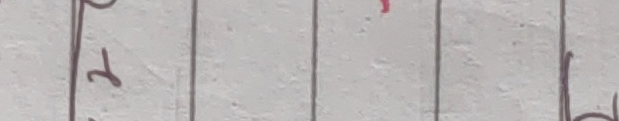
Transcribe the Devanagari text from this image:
२ ढ
४